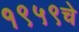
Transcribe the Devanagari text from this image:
१९५९चे